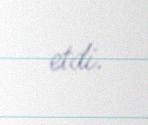
etdi.